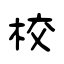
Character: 校